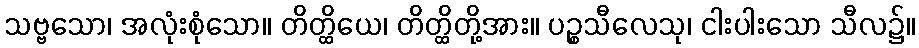
သဗ္ဗသော၊ အလုံးစုံသော။ တိတ္ထိယေ၊ တိတ္ထိတို့အား။ ပဉ္စသီလေသု၊ ငါးပါးသော သီလ၌။